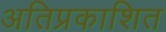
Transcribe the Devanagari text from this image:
अतिप्रकाशित